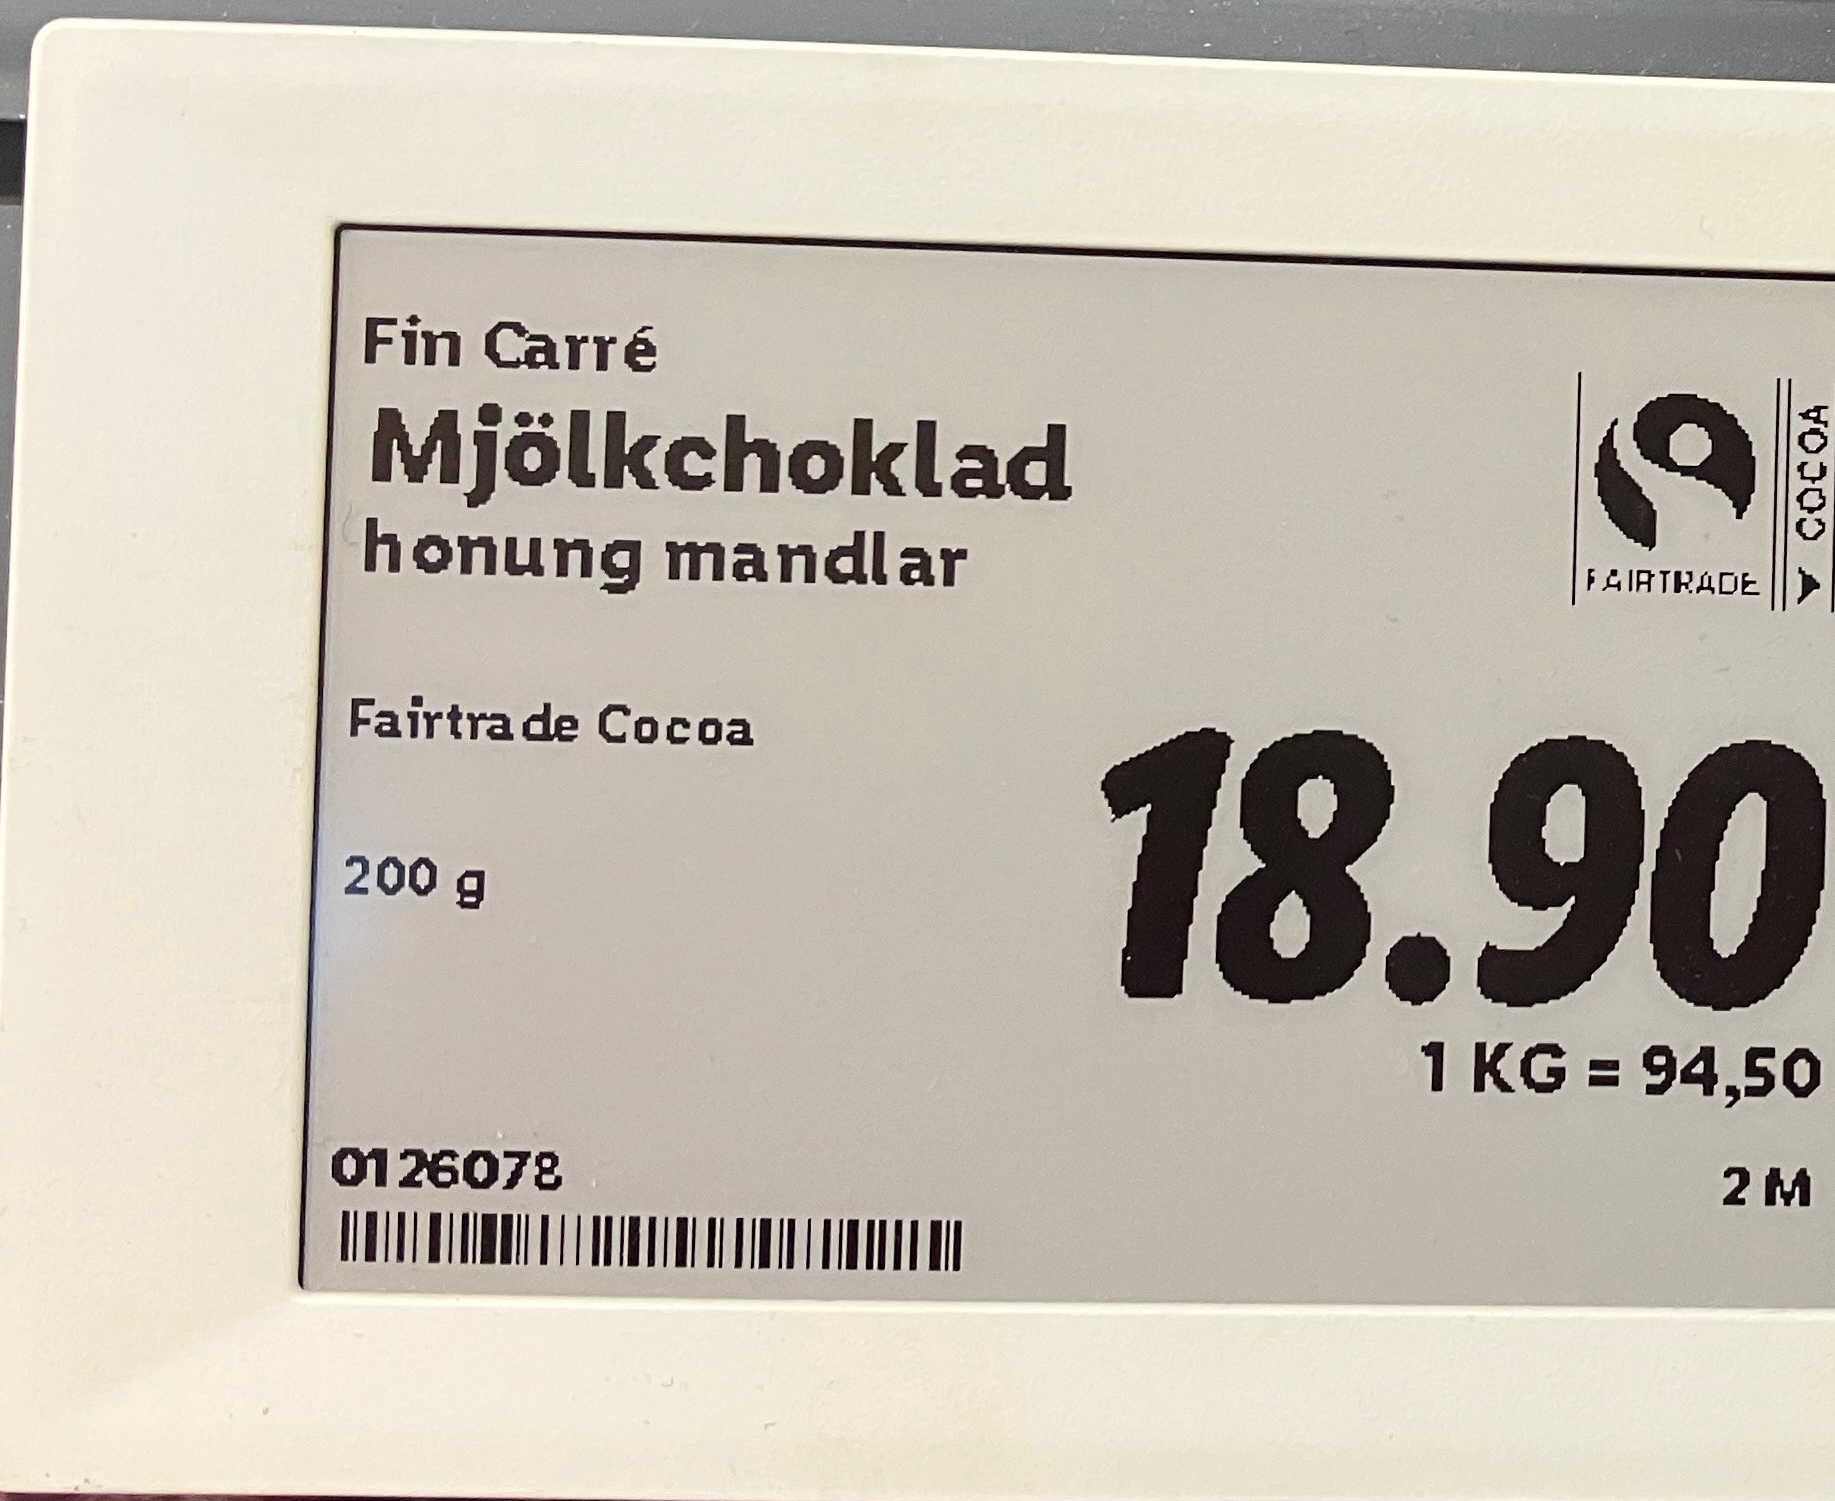
Vara: Mjölkchoklad
Genomsnittspris: 94.5 per kg